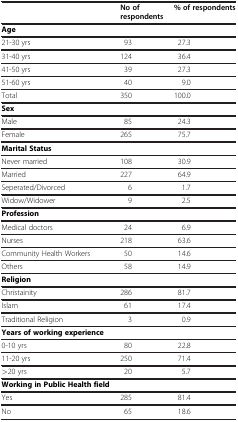
<table><thead><tr><td><b> </b></td><td><b>No of respondents</b></td><td><b>% of respondents</b></td></tr></thead><tbody><tr><td><b>Age</b></td><td> </td><td> </td></tr><tr><td>21-30 yrs</td><td>93</td><td>27.3</td></tr><tr><td>31-40 yrs</td><td>124</td><td>36.4</td></tr><tr><td>41-50 yrs</td><td>39</td><td>27.3</td></tr><tr><td>51-60 yrs</td><td>40</td><td>9.0</td></tr><tr><td>Total</td><td>350</td><td>100.0</td></tr><tr><td><b>Sex</b></td><td> </td><td> </td></tr><tr><td>Male</td><td>85</td><td>24.3</td></tr><tr><td>Female</td><td>265</td><td>75.7</td></tr><tr><td><b>Marital Status</b></td><td> </td><td> </td></tr><tr><td>Never married</td><td>108</td><td>30.9</td></tr><tr><td>Married</td><td>227</td><td>64.9</td></tr><tr><td>Seperated/Divorced</td><td>6</td><td>1.7</td></tr><tr><td>Widow/Widower</td><td>9</td><td>2.5</td></tr><tr><td><b>Profession</b></td><td> </td><td> </td></tr><tr><td>Medical doctors</td><td>24</td><td>6.9</td></tr><tr><td>Nurses</td><td>218</td><td>63.6</td></tr><tr><td>Community Health Workers</td><td>50</td><td>14.6</td></tr><tr><td>Others</td><td>58</td><td>14.9</td></tr><tr><td><b>Religion</b></td><td> </td><td> </td></tr><tr><td>Christainity</td><td>286</td><td>81.7</td></tr><tr><td>Islam</td><td>61</td><td>17.4</td></tr><tr><td>Traditional Religion</td><td>3</td><td>0.9</td></tr><tr><td><b>Years of working experience</b></td><td> </td><td> </td></tr><tr><td>0-10 yrs</td><td>80</td><td>22.8</td></tr><tr><td>11-20 yrs</td><td>250</td><td>71.4</td></tr><tr><td>&gt;20 yrs</td><td>20</td><td>5.7</td></tr><tr><td><b>Working in Public Health field</b></td><td> </td><td> </td></tr><tr><td>Yes</td><td>285</td><td>81.4</td></tr><tr><td>No</td><td>65</td><td>18.6</td></tr></tbody></table>